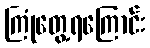
ကြုံတွေ့ရကြောင်း